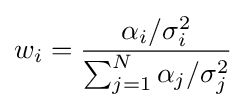
w_{i}={\frac {\alpha _{i}/\sigma _{i}^{2}}{\sum _{j=1}^{N}\alpha _{j}/\sigma _{j}^{2}}}